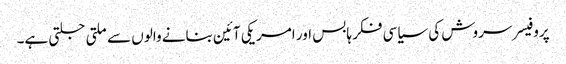
پروفیسر سروش کی سیاسی فکر ہابس اور امریکی آئین بنانے والوں سے ملتی جلتی ہے۔